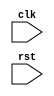
module i2c_controller_timing (
    input wire clk,
    input wire rst,
    // add other input ports as required

    // add output ports for timing control logic

);

// Add code here for timing control logic

endmodule